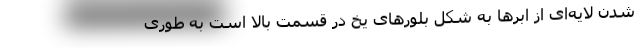
شدن لایه‌ای از ابر‌ها به شکل بلور‌های یخ در قسمت بالا است به طوری